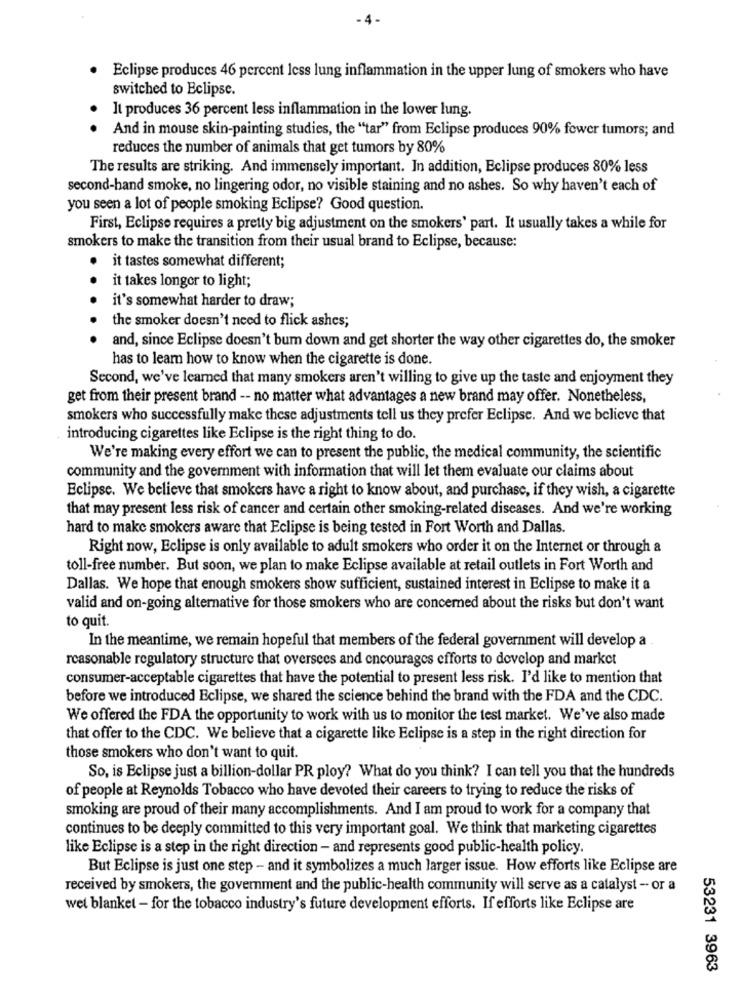
- 4-
. Eclipse produces 46 percent less lung inflammation in the upper lung of smokers who have
switched to Eclipse.
It produces 36 percent less inflammation in the lower lung.
And in mouse skin-painting studies, the "tar" from Eclipse produces 90% fewer tumors; and
reduces the number of animals that get tumors by 80%
The results are striking. And immensely important. In addition, Eclipse produces 80% less
second-hand smoke, no lingering odor, no visible staining and no ashes. So why haven't each of
you seen a lot of people smoking Eclipse? Good question.
First, Eclipse requires a pretty big adjustment on the smokers' part. It usually takes a while for
smokers to make the transition from their usual brand to Eclipse, because:
it tastes somewhat different;
it takes longer to light;
it's somewhat harder to draw;
the smoker doesn't need to flick ashes;
and, since Eclipse doesn't bum down and get shorter the way other cigarettes do, the smoker
has to learn how to know when the cigarette is done.
Second, we've learned that many smokers aren't willing to give up the taste and enjoyment they
get from their present brand -- no matter what advantages a new brand may offer. Nonetheless,
smokers who successfully make these adjustments tell us they prefer Eclipse. And we believe that
introducing cigarettes like Eclipse is the right thing to do.
We're making every effort we can to present the public, the medical community, the scientific
community and the government with information that will let them evaluate our claims about
Eclipse. We believe that smokers have a right to know about, and purchase, if they wish, a cigarette
that may present less risk of cancer and certain other smoking-related diseases. And we're working
hard to make smokers aware that Eclipse is being tested in Fort Worth and Dallas.
Right now, Eclipse is only available to adult smokers who order it on the Internet or through a
toll-free number. But soon, we plan to make Eclipse available at retail outlets in Fort Worth and
Dallas. We hope that enough smokers show sufficient, sustained interest in Eclipse to make it a
valid and on-going alternative for those smokers who are concerned about the risks but don't want
to quit.
In the meantime, we remain hopeful that members of the federal government will develop a
reasonable regulatory structure that oversees and encourages efforts to develop and market
consumer-acceptable cigarettes that have the potential to present less risk. I'd like to mention that
before we introduced Eclipse, we shared the science behind the brand with the FDA and the CDC.
We offered the FDA the opportunity to work with us to monitor the test market. We've also made
that offer to the CDC. We believe that a cigarette like Eclipse is a step in the right direction for
those smokers who don't want to quit.
So, is Eclipse just a billion-dollar PR ploy? What do you think? I can tell you that the hundreds
of people at Reynolds Tobacco who have devoted their careers to trying to reduce the risks of
smoking are proud of their many accomplishments. And I am proud to work for a company that
continues to be deeply committed to this very important goal. We think that marketing cigarettes
like Eclipse is a step in the right direction - and represents good public-health policy.
But Eclipse is just one step - and it symbolizes a much larger issue. How efforts like Eclipse are
received by smokers, the government and the public-health community will serve as a catalyst - or a
wel blanket - for the tobacco industry's future development efforts. If efforts like Eclipse are
53231 3963